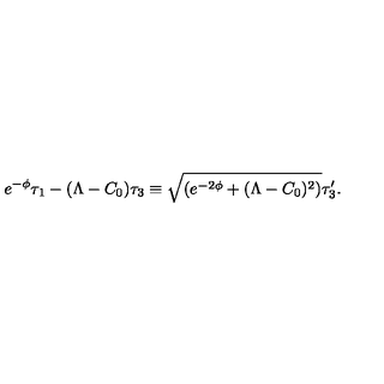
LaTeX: e ^ { - \phi } \tau _ { 1 } - ( \Lambda - C _ { 0 } ) \tau _ { 3 } \equiv \sqrt { ( e ^ { - 2 \phi } + ( \Lambda - C _ { 0 } ) ^ { 2 } ) } \tau _ { 3 } ^ { \prime } .